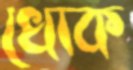
খোক